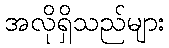
အလိုရှိသည်များ